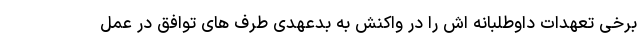
برخی تعهدات داوطلبانه اش را در واکنش به بدعهدی طرف های توافق در عمل